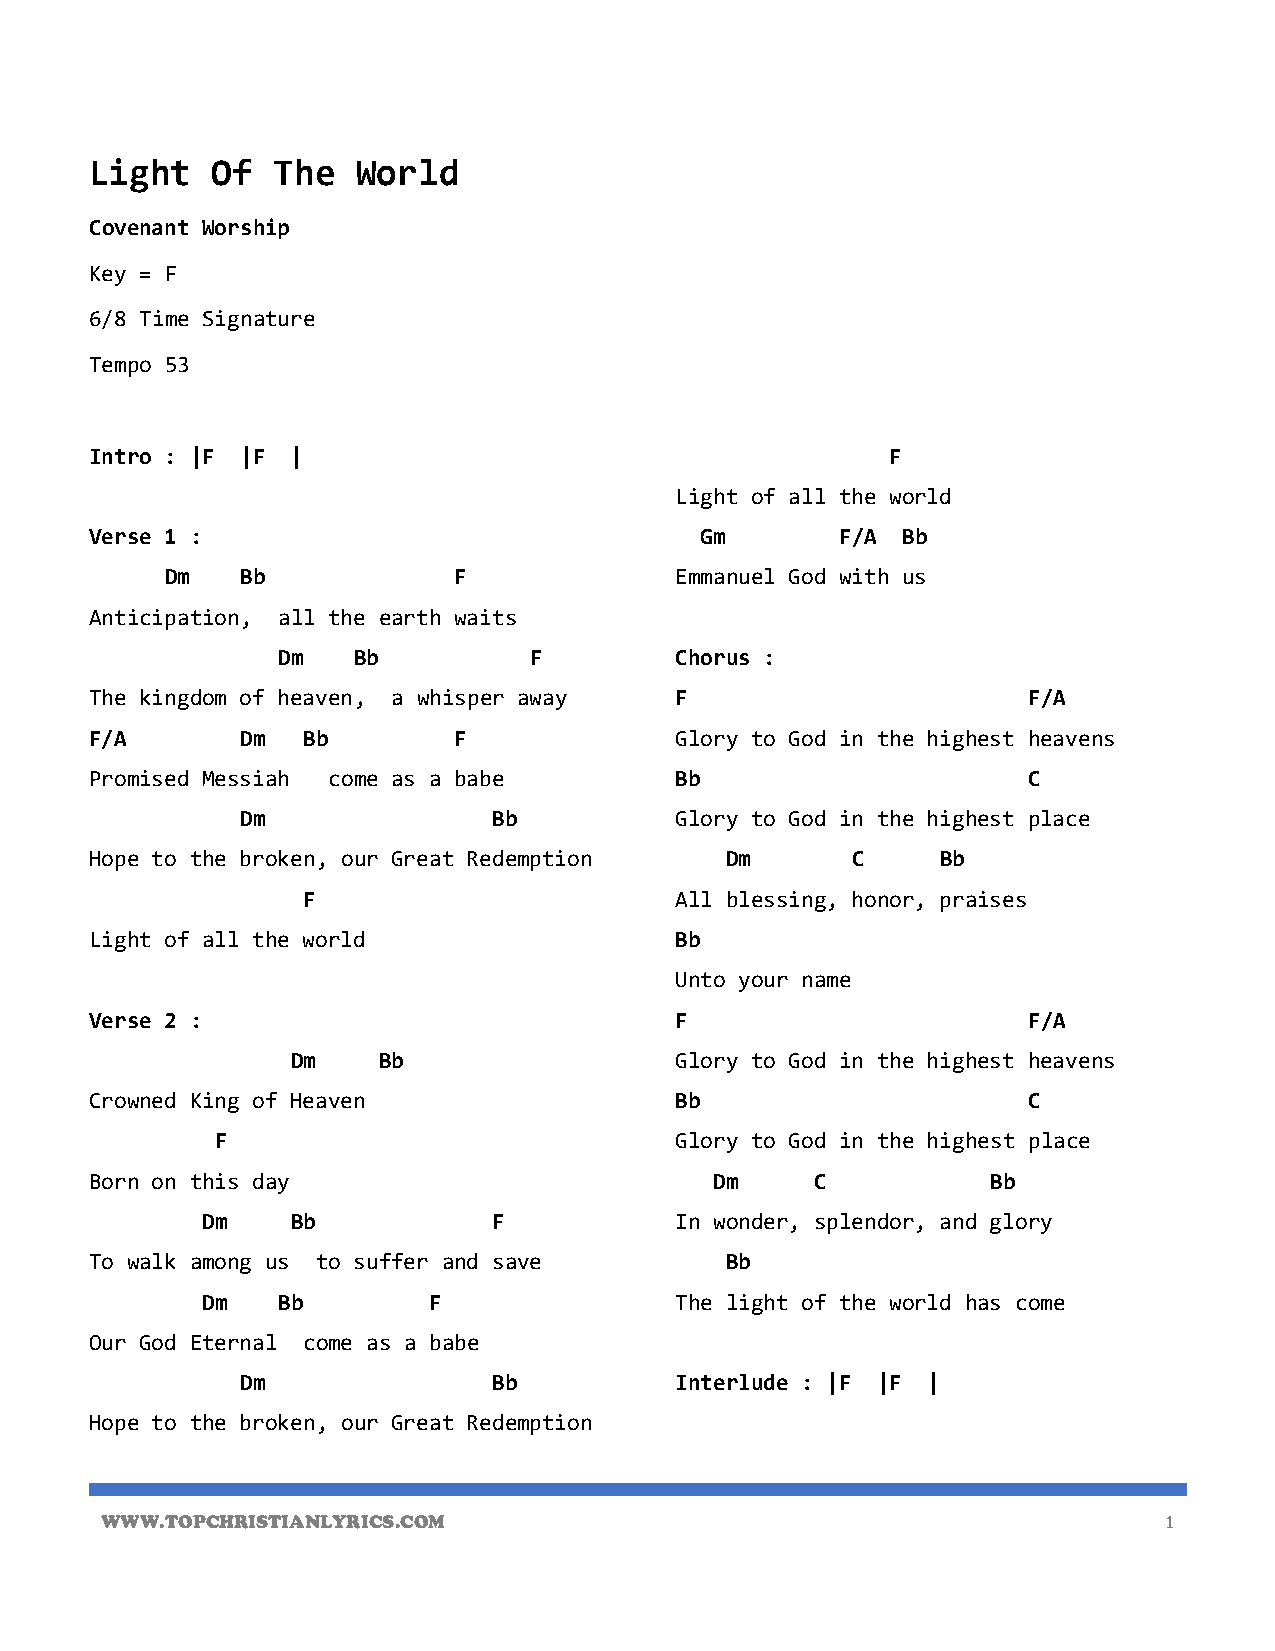
Light   Of  The   World
 Covenant Worship
 Key = F
 6/8 Time Signature
 Tempo 53
 Intro : |F |F |                                      F
 Light of all the world
 Verse 1 :                               Gm        F/A Bb
 Dm   Bb            F              Emmanuel God with us
 Anticipation, all the earth waits
 Dm   Bb          F         Chorus :
 The kingdom of heaven, a whisper away  F                      F/A
 F/A       Dm  Bb        F              Glory to God in the highest heavens
 Promised Messiah come as a babe        Bb                     C
 Dm               Bb          Glory to God in the highest place
 Hope to the broken, our Great Redemption  Dm      C     Bb
 F                        All blessing, honor, praises
 Light of all the world                 Bb
 Unto your name
 Verse 2 :                              F                      F/A
 Dm    Bb                  Glory to God in the highest heavens
 Crowned King of Heaven                 Bb                     C
 F                              Glory to God in the highest place
 Born on this day                         Dm     C           Bb
 Dm    Bb            F           In wonder, splendor, and glory
 To walk among us to suffer and save       Bb
 Dm   Bb        F                The light of the world has come
 Our God Eternal come as a babe
 Dm               Bb          Interlude : |F |F |
 Hope to the broken, our Great Redemption
 WWW.TOPCHRISTIANLYRICS.COM                                            1